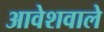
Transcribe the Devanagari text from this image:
आवेशवाले